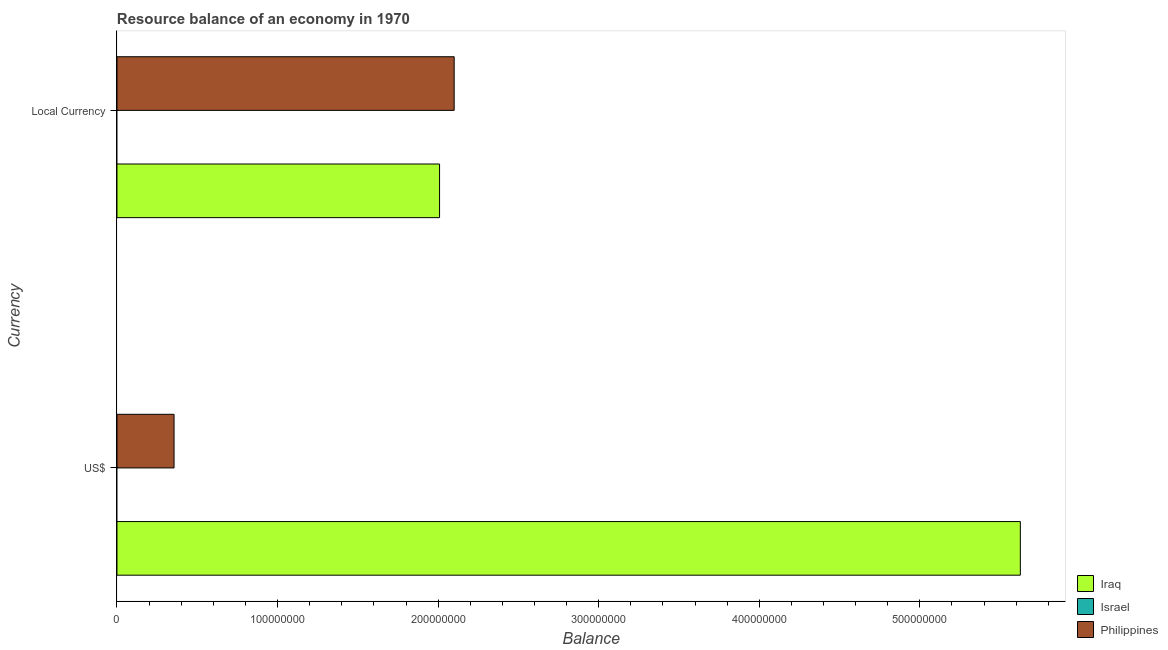
| Currency | Iraq | Israel | Philippines |
 | --- | --- | --- | --- |
 | US$ | 5.63e+08 | -1.32e+09 | 3.55e+07 |
 | Local Currency | 2.01e+08 | -4.61e+05 | 2.1e+08 |